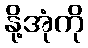
နို့အုံကို